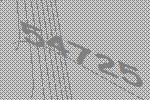
54725